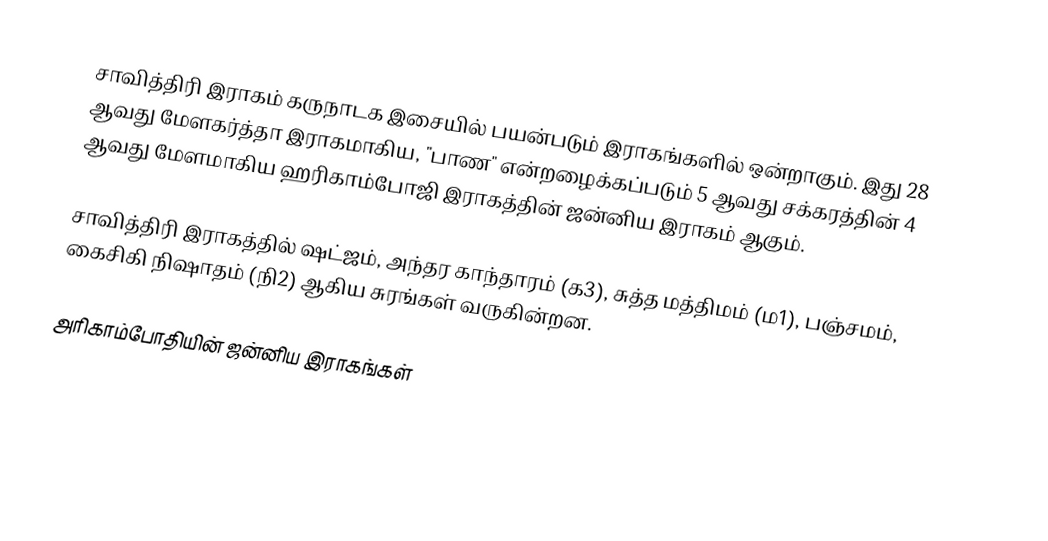
சாவித்திரி இராகம் கருநாடக இசையில் பயன்படும் இராகங்களில் ஒன்றாகும். இது 28 ஆவது மேளகர்த்தா இராகமாகிய, "பாண" என்றழைக்கப்படும் 5 ஆவது சக்கரத்தின் 4 ஆவது மேளமாகிய ஹரிகாம்போஜி இராகத்தின் ஜன்னிய இராகம் ஆகும்.

சாவித்திரி இராகத்தில் ஷட்ஜம், அந்தர காந்தாரம் (க3), சுத்த மத்திமம் (ம1), பஞ்சமம், கைசிகி நிஷாதம் (நி2) ஆகிய சுரங்கள் வருகின்றன.

அரிகாம்போதியின் ஜன்னிய இராகங்கள்